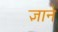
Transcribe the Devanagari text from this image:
ज्ञाने